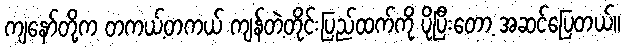
ကျနော်တို့က တကယ့်တကယ် ကျန်တဲ့တိုင်းပြည်ထက်ကို ပိုပြီးတော့ အဆင်ပြေတယ်။